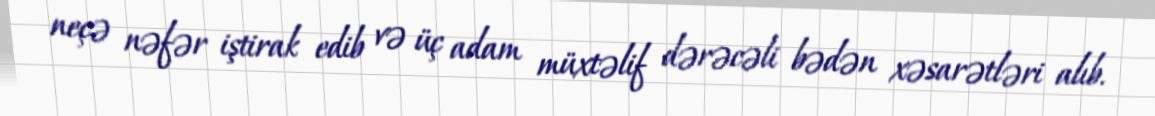
neçə nəfər iştirak edib və üç adam müxtəlif dərəcəli bədən xəsarətləri alıb.